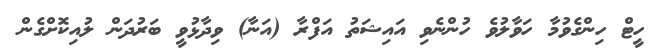
ހީޓް ހިންގެވުމާ ހަވާލުވެ ހުންނެވި އައިޝަތު އަފްރާ (އަނާ) ވިދާޅުވީ ބަރުދަން ލުއިކޮށްގެން